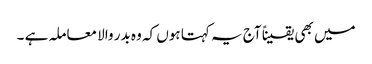
میں بھی یقیناً آج یہ کہتا ہوں کہ وہ بدر والا معاملہ ہے ۔